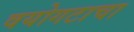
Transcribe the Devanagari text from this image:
वयोगटाचा